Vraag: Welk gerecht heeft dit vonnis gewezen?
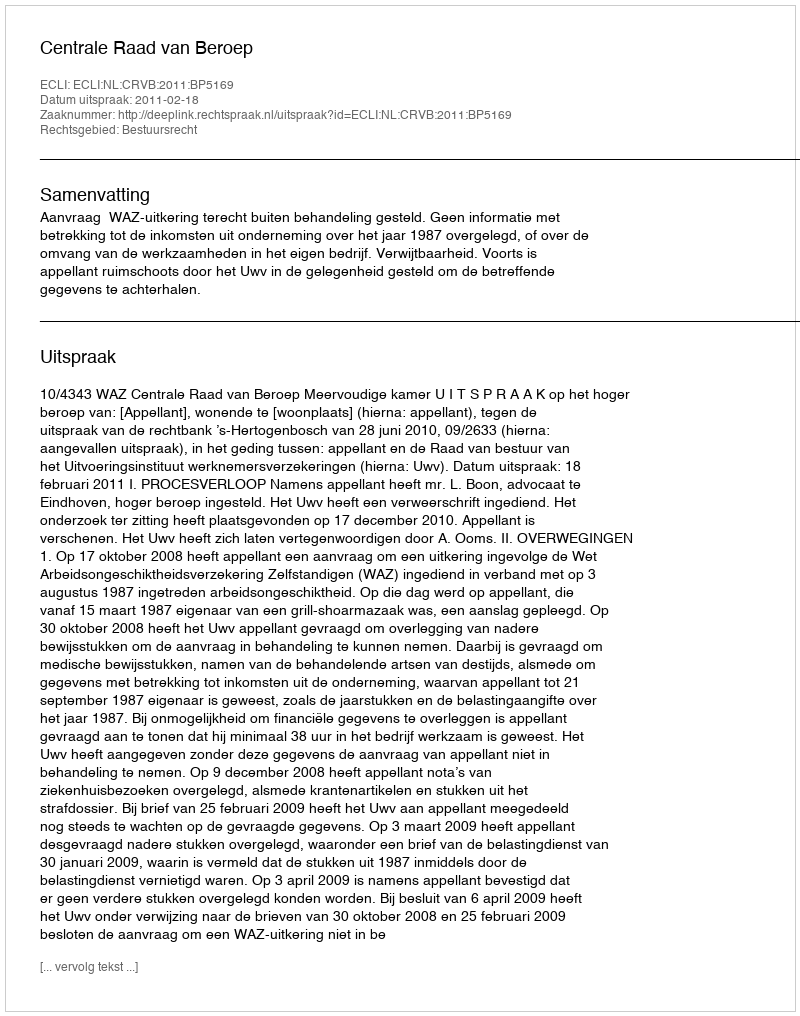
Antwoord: Centrale Raad van Beroep